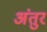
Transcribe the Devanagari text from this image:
अंतुर